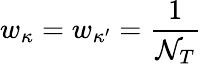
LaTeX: w_{\kappa}=w_{\kappa^{\prime}}=\frac{1}{{\cal N}_{T}}